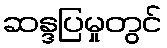
ဆန္ဒပြမှုတွင်